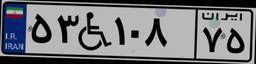
۵۳W۱۰۸۷۵